Document type: Inventory
Year: 1295
Scribe: Pere Marc
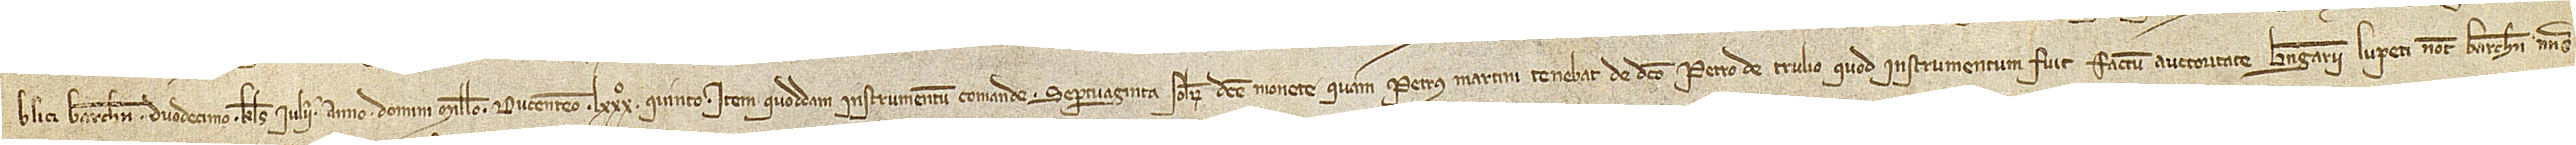
blici Barchinone, duodecimo kalendas iulii, anno Domini millesimo ducentesimo LXXXº quinto; item, quoddam instrumentum comande septuaginta solidorum dicte monete quam Petrus Martini tenebat de dicto Petro de Trulio, quod instrumentum fuit factum auctoritate Berengarii Lupeti, notarii Barchinone, nonas